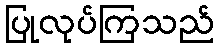
ပြုလုပ်ကြသည်